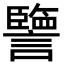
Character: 譼